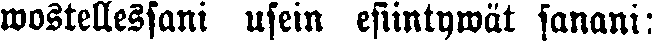
wostellessani usein esiintywät sanani: